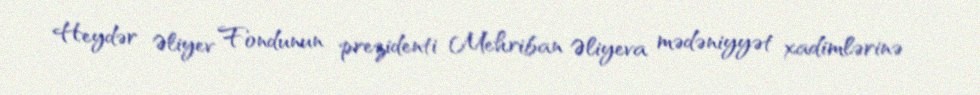
Heydər Əliyev Fondunun prezidenti Mehriban Əliyeva mədəniyyət xadimlərinə